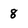
Character: 8